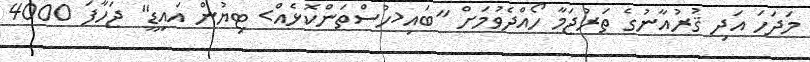
މަދަހަ އަދި ޤުރުއާނުގެ ތަރުޖަމާ ހޯއްދެވުމަށް "ބައި<ހުސްތަންކޮޅެއް> ޓިޔުން އައިޑީ" ޖަހާފަ 4000